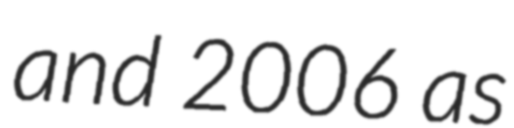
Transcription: and 2006 as